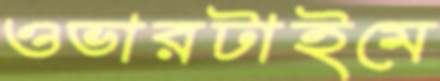
ওভারটাইমে